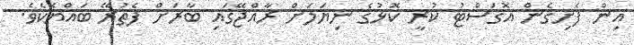
އިން ފެށިގެން އޮގަސްޓު ކުރީ ކޮޅުގެ ނިޔަލަށް ރާއްޖޭގައި ބާރަށް ފެތުރޭ ބައްޔެކެވެ.